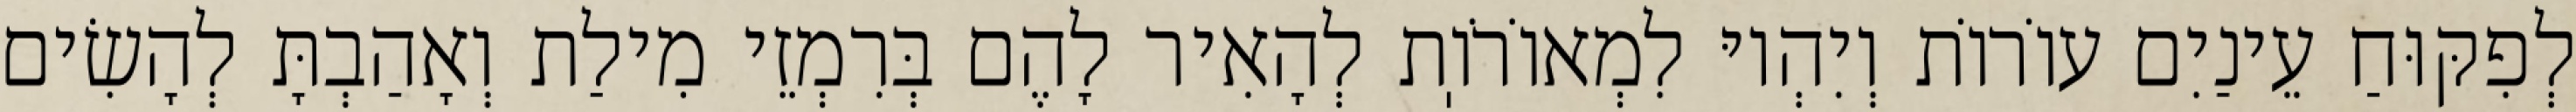
לְפִקּוּחַ עֵינַיִם עוֹרוֹת וְיִהְיוּ לִמְאוֹרֹוֽת לְהָאִיר לָהֶם בְּרִמְזֵי מִילַת וְאָהַבְתָּ לְהָשִׂים